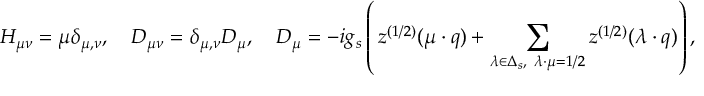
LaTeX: H _ { \mu \nu } = \mu \delta _ { \mu , \nu } , \quad D _ { \mu \nu } = \delta _ { \mu , \nu } D _ { \mu } , \quad D _ { \mu } = - i g _ { s } \left( \, z ^ { ( 1 / 2 ) } ( \mu \cdot q ) + \sum _ { \lambda \in \Delta _ { s } , \ \lambda \cdot \mu = 1 / 2 } z ^ { ( 1 / 2 ) } ( \lambda \cdot q ) \right) ,